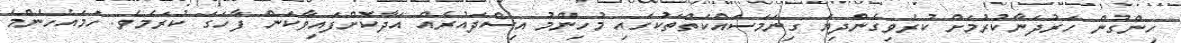
ހިންގުން ހަރުދަނާކުރުމަށް ކުރެވިގެންދިޔަ ގިނަމަސައްކަތްތަކުގައި މުހިންމު އިސްދައުރެއް އަދާކޮށްފައިވާކަން ފާހަގަ ކުރަމެވެ. ހަމައެހެންމެ